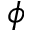
\phi